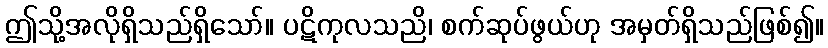
ဤသို့အလိုရှိသည်ရှိသော်။ ပဋိကုလသညိ၊ စက်ဆုပ်ဖွယ်ဟု အမှတ်ရှိသည်ဖြစ်၍။